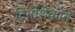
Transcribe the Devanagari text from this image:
टिमोशेंकोने